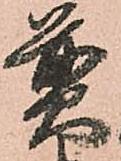
煎